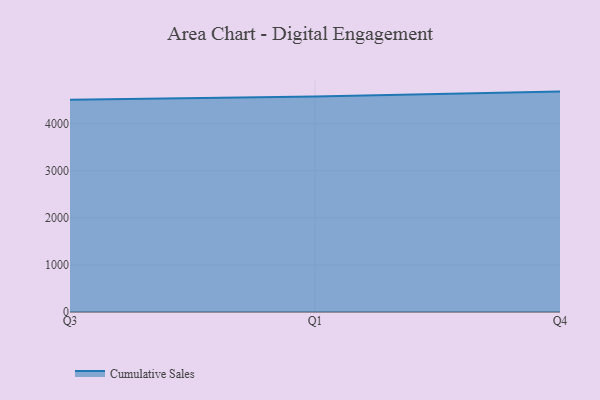
{"axis": {"x": "Quarter", "y": "Population (Million)"}, "legend": ["Cumulative Sales"], "data": [{"x": "Q3", "y": 4509.5, "type": "Cumulative Sales"}, {"x": "Q1", "y": 4579.8, "type": "Cumulative Sales"}, {"x": "Q4", "y": 4683.2, "type": "Cumulative Sales"}]}